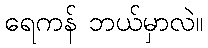
ရေကန် ဘယ်မှာလဲ။